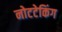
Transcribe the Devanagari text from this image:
नोटटेकिंग